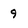
Character: 9